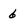
Character: 6